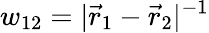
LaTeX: w_{12}=|\vec{r}_{1}-\vec{r}_{2}|^{-1}